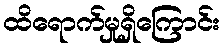
ထိရောက်မှုရှိကြောင်း